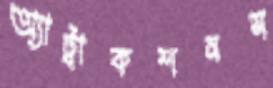
অ্যাট্রাকশনস